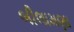
બીલામણા